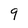
Character: 9